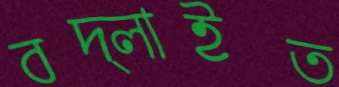
বদ্‌লাইত